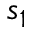
s _ { 1 }